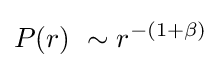
P(r)\ \sim r^{-(1+\beta )}